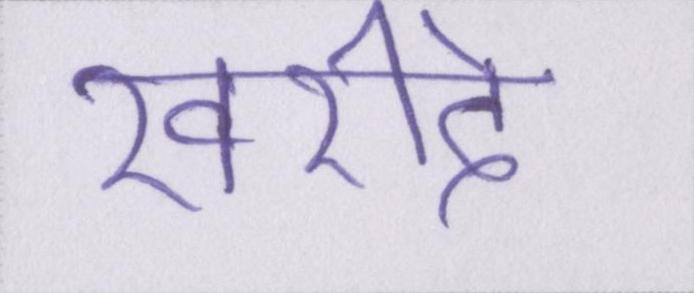
खरीदे